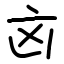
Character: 㐫